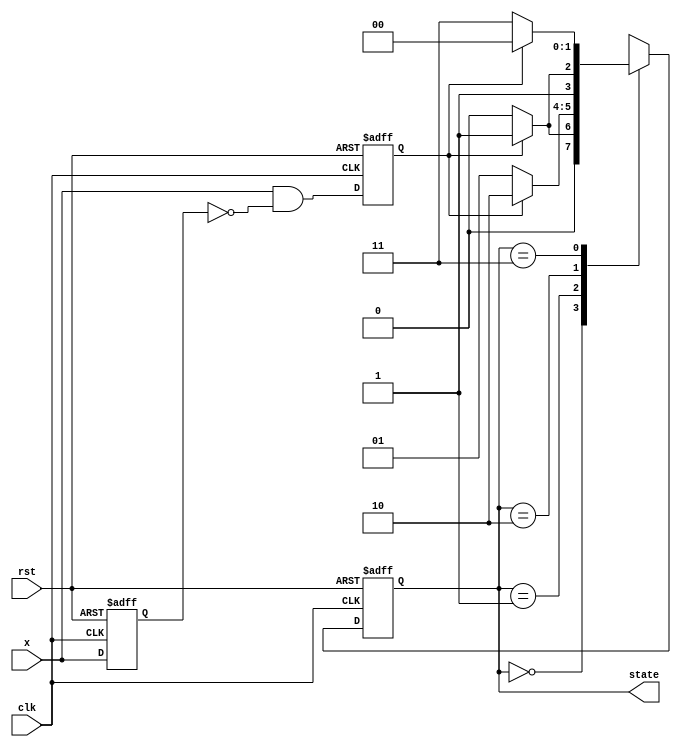
`timescale 1ns / 1ps
//////////////////////////////////////////////////////////////////////////////////
// Company: 
// Engineer: 
// 
// Design Name: 
// Module Name: UpCounter
// Project Name: 
// Target Devices: 
// Tool Versions: 
// Description: 
// 
// Dependencies: 
// 
// Revision:
// Revision 0.01 - File Created
// Additional Comments:
// 
//////////////////////////////////////////////////////////////////////////////////


module UpCounter(clk,rst,x,state

    );
    input clk, rst;
    input x;
    reg x_reg, x_trig;
    output reg [1:0] state;
    
    always @(negedge rst or posedge clk) begin
    if(!rst) begin 
        {x_reg, x_trig} <= 2'b00;
    end
    else begin
        x_reg <= x;
        x_trig <= x & ~x_reg;
    end
end

always @(negedge rst or posedge clk) begin
    if(!rst) state <= 2'b00;
    else begin
        case(state)
            2'b00 : state <= x_trig ? 2'b01 : 2'b00;
            2'b01 : state <= x_trig ? 2'b10 : 2'b01;
            2'b10 : state <= x_trig ? 2'b11 : 2'b10;
            2'b11 : state <= x_trig ? 2'b00 : 2'b11;
        endcase
    end
end
  
endmodule